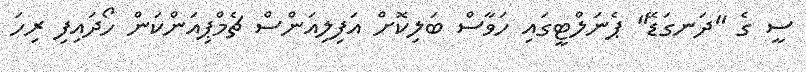
ސީ ގެ "ދަނގަޑޭ" ޕެނަލްޓީގައި ހަވާސް ބަލިކޮށް އަފިލިއަންސް ޗެމްޕިއަންކަން ހޯދައިފި ރިހަ